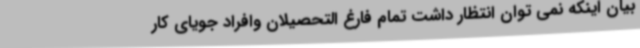
بیان اینکه نمی توان انتظار داشت تمام فارغ التحصیلان وافراد جویای کار